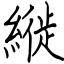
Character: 縰